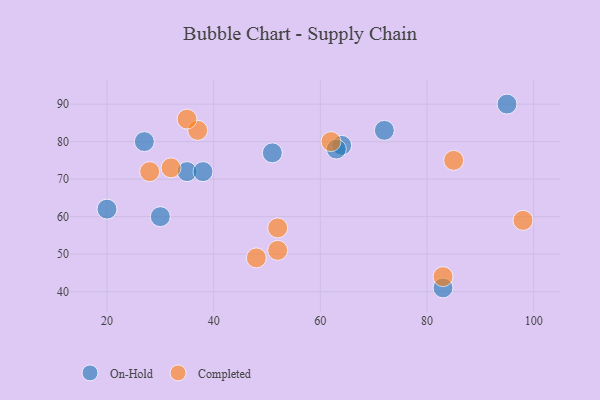
{"axis": {"x": "GDP", "y": "Life Expectancy"}, "legend": ["Completed", "On-Hold"], "data": [{"x": "20", "y": 62, "type": "On-Hold"}, {"x": "35", "y": 72, "type": "On-Hold"}, {"x": "64", "y": 79, "type": "On-Hold"}, {"x": "83", "y": 41, "type": "On-Hold"}, {"x": "27", "y": 80, "type": "On-Hold"}, {"x": "38", "y": 72, "type": "On-Hold"}, {"x": "63", "y": 78, "type": "On-Hold"}, {"x": "51", "y": 77, "type": "On-Hold"}, {"x": "95", "y": 90, "type": "On-Hold"}, {"x": "30", "y": 60, "type": "On-Hold"}, {"x": "72", "y": 83, "type": "On-Hold"}, {"x": "32", "y": 73, "type": "Completed"}, {"x": "48", "y": 49, "type": "Completed"}, {"x": "37", "y": 83, "type": "Completed"}, {"x": "98", "y": 59, "type": "Completed"}, {"x": "62", "y": 80, "type": "Completed"}, {"x": "83", "y": 44, "type": "Completed"}, {"x": "52", "y": 51, "type": "Completed"}, {"x": "52", "y": 57, "type": "Completed"}, {"x": "85", "y": 75, "type": "Completed"}, {"x": "35", "y": 86, "type": "Completed"}, {"x": "28", "y": 72, "type": "Completed"}]}